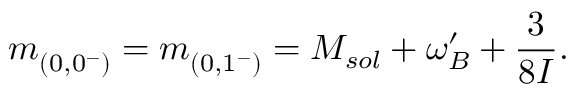
m _ { ( 0 , 0 ^ { - } ) } ^ { } = m _ { ( 0 , 1 ^ { - } ) } ^ { } = M _ { s o l } + \omega _ { B } ^ { \prime } + \frac { 3 } { 8 { \cal I } } .